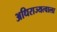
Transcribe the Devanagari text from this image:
अधिराज्यत्वाला